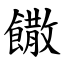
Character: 饊